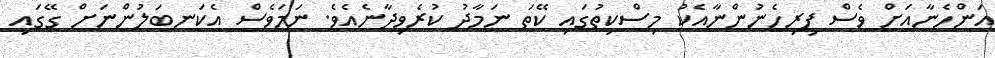
އަންހެނާއަށް ވެސް ފިރިހެނުންނާއެކު މިސްކިތުގައި ކޭތަ ނަމާދު ކުރެވިދާނެއެވެ. ނަމަވެސް އެކަނބަލުންނަށް ގޭގައި